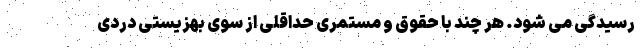
رسیدگی می شود. هر چند با حقوق و مستمری حداقلی از سوی بهزیستی دردی